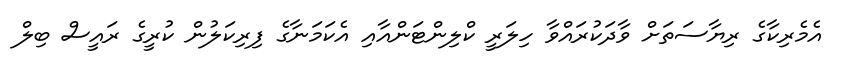
އެމެރިކާގެ ރިޔާސަތަށް ވާދަކުރައްވާ ހިލަރީ ކްލިންޓަންއާއި އެކަމަނާގެ ފިރިކަލުން ކުރީގެ ރައީސް ބިލް